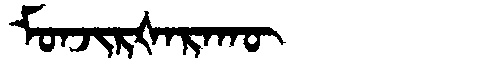
Manchu: ᠮᠣᠨᠵᡳᡵᡧᠠᡵᠠᡴᡡ
Romanization: MONJIRŠARAKŪ